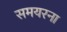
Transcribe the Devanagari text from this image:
समयरना